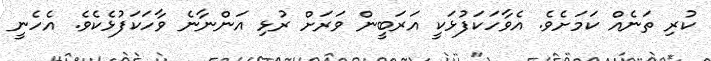
ކުރި ތަނެއް ކަމަށެވެ. އެވާހަކަފުޅަކީ އަރަބީން ވަރަށް ރުޅި އަންނާނެ ވާހަކަފުޅެކެވެ. އެހެނީ